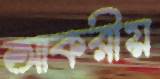
আকরীয়